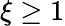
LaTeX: \xi\ge 1